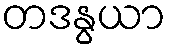
တဒနွယာ